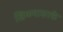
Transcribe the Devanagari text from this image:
खिळ्यासरके